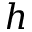
h